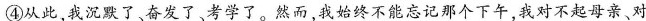
④从此，我沉默了、奋发了、考学了。然而，我始终不能忘记那个下午，我对不起母亲、对